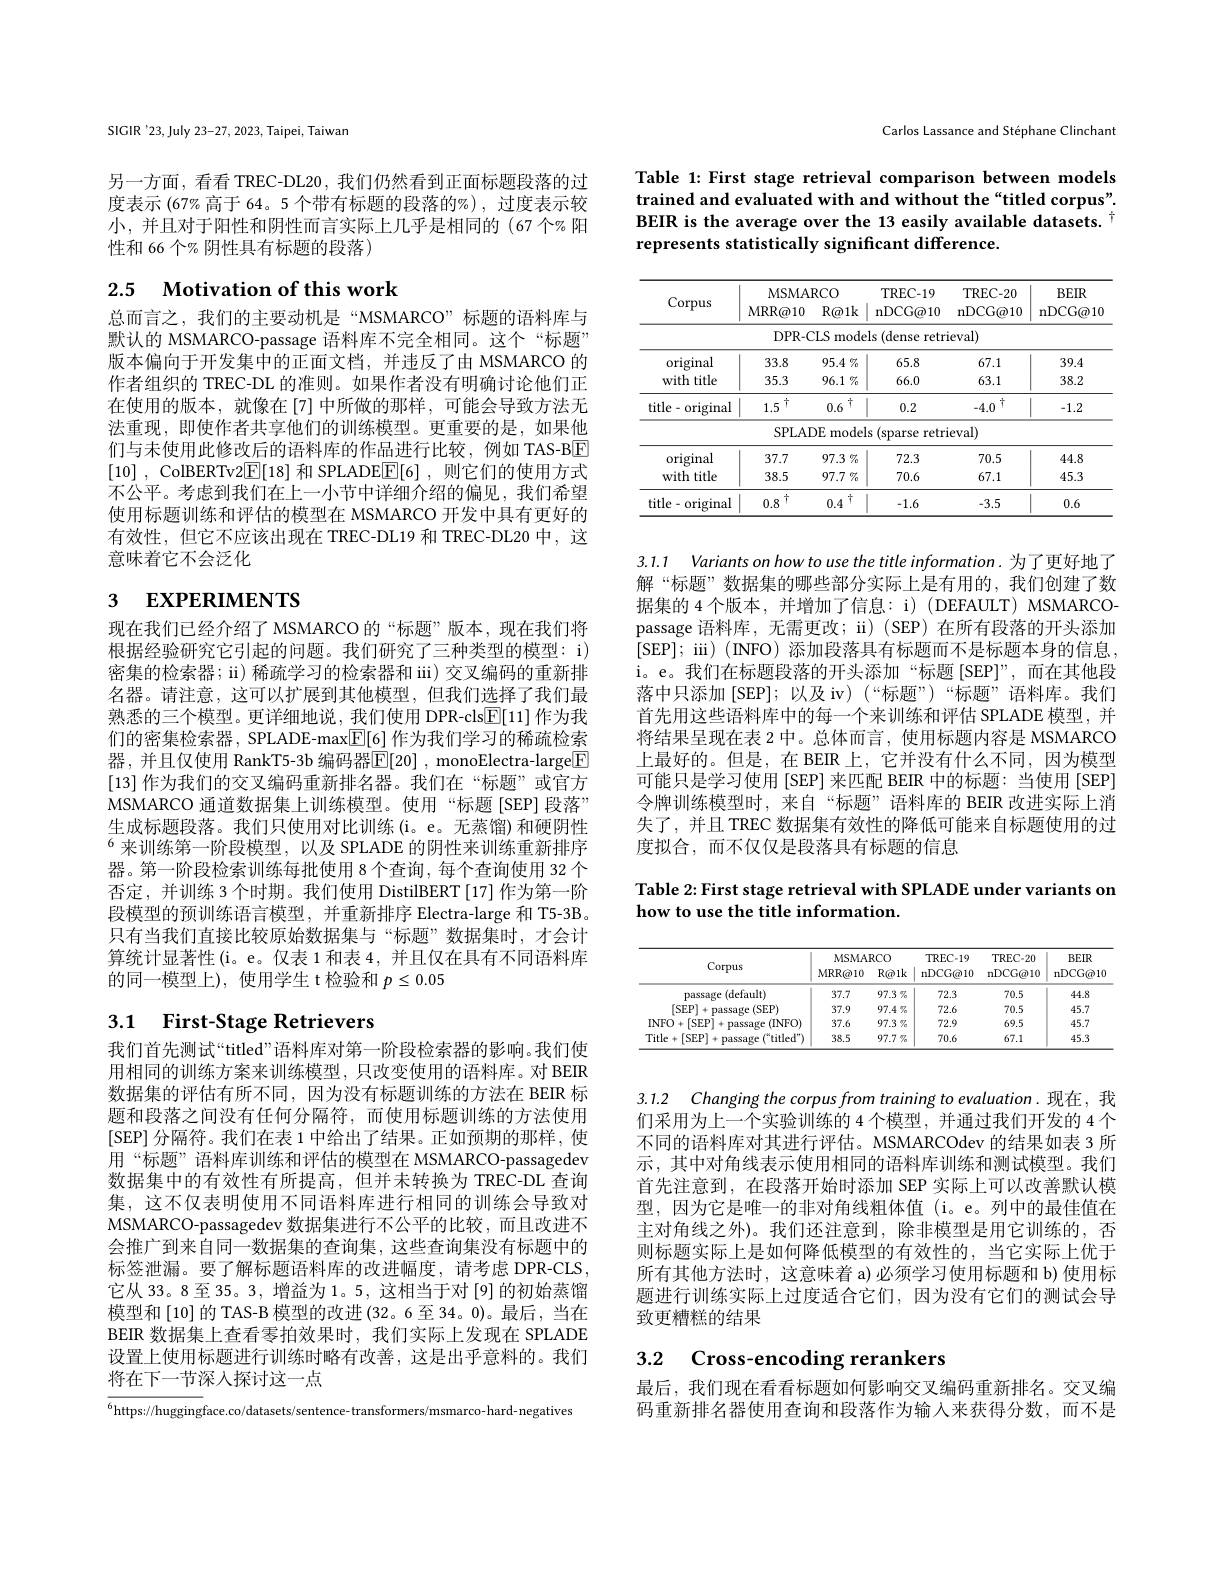
SIGIR'23, July 23-27, 2023, Taipei, Taiwan

另一方面，看看 TREC-DL20 , 我们仍然看到正面标题段落的过度表示 (67% 高于 64。5 个带有标题的段落的%), 过度表示较小，并且对于阳性和阴性而言实际上几乎是相同的(67 个% 阳性和 66 个% 阴性具有标题的段落)

## 2.5 $\textbf{Motivation of this work}$

总而言之，我们的主要动机是“MSMARCO”标题的语料库与默认的 MSMARCO-passage 语料库不完全相同。这个“标题” 版本偏向于开发集中的正面文档，并违反了由 MSMARCO 的作者组织的 TREC-DL 的准则。如果作者没有明确讨论他们正在使用的版本，就像在[7]中所做的那样，可能会导致方法无法重现，即使作者共享他们的训练模型。更重要的是，如果他们与未使用此修改后的语料库的作品进行比较，例如 TAS-BE [10] , ColBERTv2$\boxed{\mathbb{E}}[18]$和 SPLADE$\boxed{\mathbb{E} }[ 6]$ ,则它们的使用方式不公平。考虑到我们在上一小节中详细介绍的偏见，我们希望使用标题训练和评估的模型在 MSMARCO 开发中具有更好的有效性，但它不应该出现在 TREC-DL19 和 TREC-DL20 中，这意味着它不会泛化

# 3 EXPERIMENTS

现在我们已经介绍了 MSMARCO 的“标题”版本，现在我们将根据经验研究它引起的问题。我们研究了三种类型的模型：i) 密集的检索器；ii) 稀疏学习的检索器和 iii) 交叉编码的重新排名器。请注意，这可以扩展到其他模型，但我们选择了我们最熟悉的三个模型。更详细地说，我们使用 DPR-cls$\underline{\mathrm{E}}[11]$作为我们的密集检索器，SPLADE-max$\overline{\mathbb{E}}[6]$作为我们学习的稀疏检索器，并且仅使用 RankT5-3b 编码器$\mathbb{E}[20]$ , monoElectra-large$\boxed{\mathbb{F}}$ [13]作为我们的交叉编码重新排名器。我们在“标题”或官方MSMARCO 通道数据集上训练模型。使用“标题[SEP]段落” 生成标题段落。我们只使用对比训练(i。e。无蒸馏)和硬阴性$^6$来训练第一阶段模型，以及 SPLADE 的阴性来训练重新排序器。第一阶段检索训练每批使用 8 个查询，每个查询使用 32 个否定，并训练 3 个时期。我们使用 DistilBERT[17] 作为第一阶段模型的预训练语言模型，并重新排序 Electra-large 和 T5-3B。只有当我们直接比较原始数据集与“标题”数据集时，才会计算统计显著性(i。e。仅表 1 和表 4,并且仅在具有不同语料库的同一模型上), 使用学生 t 检验和$p\leq0.05$

# 3.1 First-Stage Retrievers

我们首先测试“titled”语料库对第一阶段检索器的影响。我们使用相同的训练方案来训练模型，只改变使用的语料库。对 BEIR 数据集的评估有所不同，因为没有标题训练的方法在 BEIR 标题和段落之间没有任何分隔符，而使用标题训练的方法使用[SEP] 分隔符。我们在表 1 中给出了结果。正如预期的那样，使用“标题”语料库训练和评估的模型在 MSMARCO-passagedev 数据集中的有效性有所提高，但并未转换为 TREC-DL 查询集，这不仅表明使用不同语料库进行相同的训练会导致对MSMARCO-passagedev 数据集进行不公平的比较，而且改进不会推广到来自同一数据集的查询集，这些查询集没有标题中的标签泄漏。要了解标题语料库的改进幅度，请考虑 DPR-CLS, 它从 33。8 至 35。3, 增益为 1。5, 这相当于对 [9] 的初始蒸馏模型和[10] 的 TAS-B 模型的改进(32。6 至 34。0)。最后，当在BEIR 数据集上查看零拍效果时，我们实际上发现在 SPLADE 设置上使用标题进行训练时略有改善，这是出乎意料的。我们将在下一节深入探讨这一点

${^{6}}{\mathrm{https://huggingface.co/datasets/sentence-transformers/msmarco-hard-negatives}}$

Carlos Lassance and Stéphane Clinchant

Table 1: First stage retrieval comparison between models trained and evaluated with and without the“titled corpus”. BEIR is the average over the 13 easily available datasets. t represents statistically significant difference.

<table>
	<tbody>
		<tr>
			<th rowspan="3">Corpus</th>
			<th>$MSMA$ MRR@ 10</th>
			<th>$RCO$ $R@1k$</th>
			<th>TREC- 19 nDCG@ 10</th>
			<th>TREC- 20 nDCG@ 10</th>
			<th rowspan="3">$BEIR$ ${\mathrm{nDCG@10}}$</th>
		</tr>
		<tr>
			<th colspan="2">MSMARCO</th>
			<th>TREC- 19</th>
			<th>TREC- 20</th>
		</tr>
		<tr>
			<th>MRR@ 10</th>
			<th>$R@1k$</th>
			<th>nDCG@ 10</th>
			<th>nDCG@ 10</th>
		</tr>
		<tr>
			<td> </td>
			<td>$DPR-1$</td>
			<td>$2LS$ mode</td>
			<td>s (dense retri ls 1</td>
			<td>ieval)</td>
			<td> </td>
		</tr>
		<tr>
			<td>original</td>
			<td>33.8</td>
			<td>$95.4\%$</td>
			<td>65.8</td>
			<td>67.1</td>
			<td>39.4</td>
		</tr>
		<tr>
			<td>with title</td>
			<td>35.3</td>
			<td>$96.1\%$</td>
			<td>66.0</td>
			<td>63.1</td>
			<td>38.2</td>
		</tr>
		<tr>
			<td>title- original</td>
			<td>$\therefore\uparrow$ 1.5</td>
			<td>十 0.6</td>
			<td>0.2</td>
			<td>$-4.0^{1}$</td>
			<td>-1.2</td>
		</tr>
		<tr>
			<td> </td>
			<td>$SPLA$</td>
			<td>DE model</td>
			<td>(sparse retri S</td>
			<td>eval)</td>
			<td> </td>
		</tr>
		<tr>
			<td>original</td>
			<td>37.7</td>
			<td>$97.3\%$</td>
			<td>72.3</td>
			<td>70.5</td>
			<td>44.8</td>
		</tr>
		<tr>
			<td>with title</td>
			<td>38.5</td>
			<td>$97.7\%$</td>
			<td>70.6</td>
			<td>67.1</td>
			<td>45.3</td>
		</tr>
		<tr>
			<td>title-original</td>
			<td>$\dagger$ 0.8</td>
			<td>十 0.4</td>
			<td>-1.6</td>
			<td>-3.5</td>
			<td>0.6</td>
		</tr>
	</tbody>
</table>

3.1.1 Variants on how to use the title information. 为了更好地了解“标题”数据集的哪些部分实际上是有用的，我们创建了数据集的 4 个版本 ,并增加了信息：i) (DEFAULT) MSMARCOpassage 语料库，无需更改；ii) (SEP) 在所有段落的开头添加[SEP]; ii)( INFO) 添加段落具有标题而不是标题本身的信息， i。e。我们在标题段落的开头添加“标题[SEP]”,而在其他段落中只添加[SEP];以及 iv)(“标题”)“标题”语料库。我们首先用这些语料库中的每一个来训练和评估 SPLADE 模型，并将结果呈现在表 2 中。总体而言，使用标题内容是 MSMARCO 上最好的。但是，在 BEIR 上，它并没有什么不同，因为模型可能只是学习使用[SEP] 来匹配 BEIR 中的标题：当使用[SEP] 令牌训练模型时，来自“标题”语料库的 BEIR 改进实际上消失了，并且 TREC 数据集有效性的降低可能来自标题使用的过度拟合，而不仅仅是段落具有标题的信息

Table 2: First stage retrieval with SPLADE under variants on
how to use the title information.

<table>
	<tbody>
		<tr>
			<th rowspan="2">Corpus</th>
			<th colspan="2">MSMARCO</th>
			<th rowspan="2">TREC- 19 nDCG@ 10</th>
			<th rowspan="2">TREC- 20 nDCG@ 10</th>
			<th rowspan="2">$BEIR$ nDCG@ 10</th>
		</tr>
		<tr>
			<th>MRR@10</th>
			<th>$R@1k$</th>
		</tr>
		<tr>
			<td>passage (default)</td>
			<td>37.7</td>
			<td>$97.3\%$</td>
			<td>72.3</td>
			<td>70.5</td>
			<td>44.8</td>
		</tr>
		<tr>
			<td>[SEP] passage (SEP)</td>
			<td>37.9</td>
			<td>$97.4\%$</td>
			<td>72.6</td>
			<td>70.5</td>
			<td>45.7</td>
		</tr>
		<tr>
			<td>INFO + |SEP passage · (INFOr</td>
			<td>37.6</td>
			<td>$97.3\%$</td>
			<td>72.9</td>
			<td>69.5</td>
			<td>45.7</td>
		</tr>
		<tr>
			<td>$(^{\text{w}}$titled") Title+[SEP] passage ···</td>
			<td>38.5</td>
			<td>$97.7\%$</td>
			<td>70.6</td>
			<td>67.1</td>
			<td>45.3</td>
		</tr>
	</tbody>
</table>

3.1.2 Changing the corpus from training to evaluation. 现在，我

们采用为上一个实验训练的 4 个模型，并通过我们开发的 4 个不同的语料库对其进行评估。MSMARCOdev 的结果如表 3 所示，其中对角线表示使用相同的语料库训练和测试模型。我们首先注意到，在段落开始时添加 SEP 实际上可以改善默认模型，因为它是唯一的非对角线粗体值(i。e。列中的最佳值在主对角线之外)。我们还注意到，除非模型是用它训练的，否则标题实际上是如何降低模型的有效性的，当它实际上优于所有其他方法时，这意味着 a)必须学习使用标题和 b) 使用标题进行训练实际上过度适合它们，因为没有它们的测试会导致更糟糕的结果

# 3.2 Cross-encoding rerankers

最后，我们现在看看标题如何影响交叉编码重新排名。交叉编码重新排名器使用查询和段落作为输入来获得分数，而不是